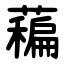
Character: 藊